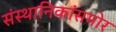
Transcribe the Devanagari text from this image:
संस्थानिकांसमोर